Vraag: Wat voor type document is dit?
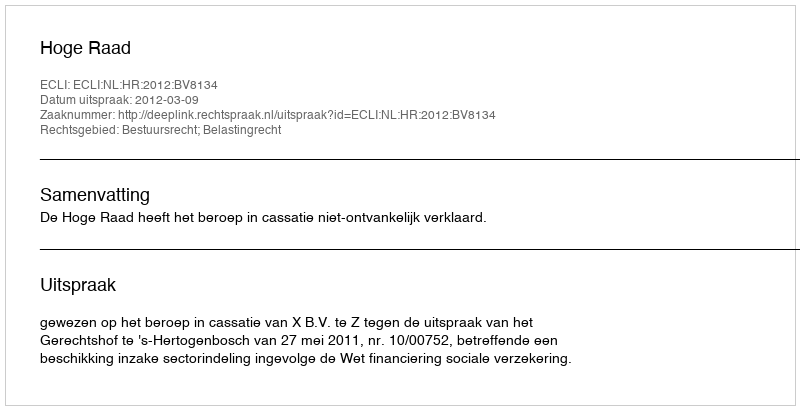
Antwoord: Uitspraak